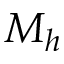
M _ { h }